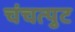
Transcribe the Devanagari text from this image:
चंचत्पुट